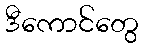
ဒီကောင်တွေ